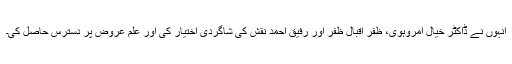
انہوں نے ڈاکٹر خیال امروہوی، ظفر اقبال ظفر اور رفیق احمد نقش کی شاگردی اختیار کی اور علم عروض پر دسترس حاصل کی۔